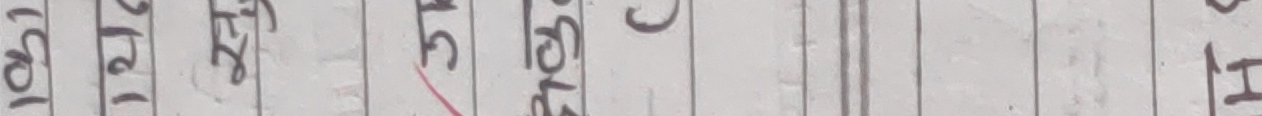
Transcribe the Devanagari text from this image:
१०१ ३१ ३१ ७५ १७ ८५ ८७ ०५ ०१ ०२ १५ १५ ८७ ०५ १४